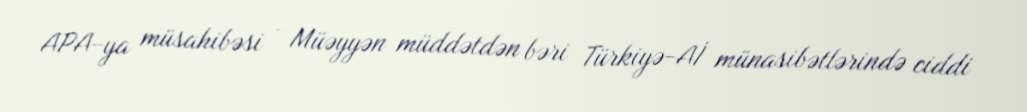
APA-ya müsahibəsi - Müəyyən müddətdən bəri Türkiyə-Aİ münasibətlərində ciddi